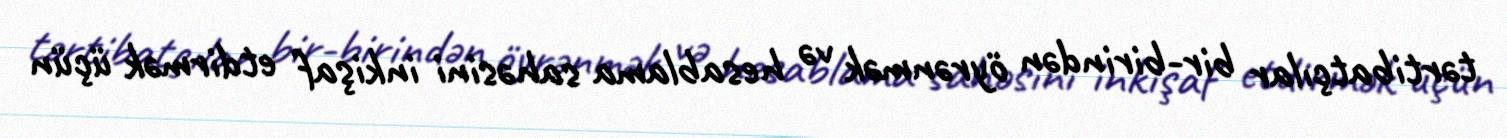
tərtibatçılar bir-birindən öyrənmək və hesablama sahəsini inkişaf etdirmək üçün